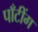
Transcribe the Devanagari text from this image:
पाँटींग